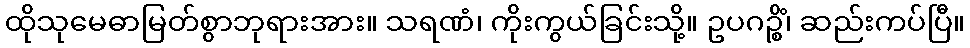
ထိုသုမေဓာမြတ်စွာဘုရားအား။ သရဏံ၊ ကိုးကွယ်ခြင်းသို့။ ဥပဂဉ္စိံ၊ ဆည်းကပ်ပြီ။